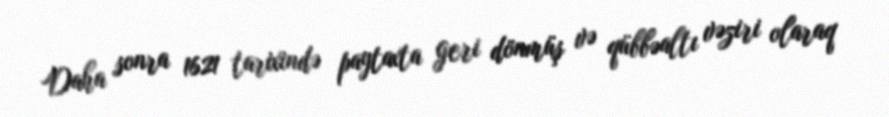
Daha sonra 1621 tarixində paytaxta geri dönmüş və qübbəaltı vəziri olaraq